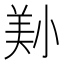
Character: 𡮔